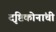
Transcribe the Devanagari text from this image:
दृष्टिकोनांची